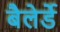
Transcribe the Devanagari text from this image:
बैलेर्डे